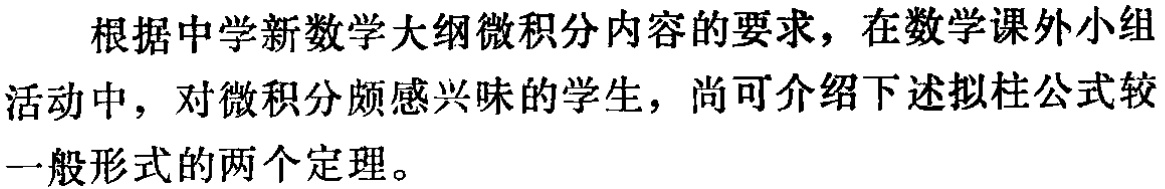
根据中学新数学大纲微积分内容的要求，在数学课外小组活动中，对微积分颇感兴味的学生，尚可介绍下述拟柱公式较一般形式的两个定理。